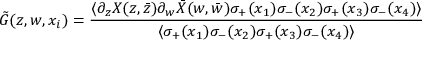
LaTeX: \tilde { G } ( z , w , x _ { i } ) = \frac { \langle \partial _ { z } X ( z , \bar { z } ) \partial _ { w } \bar { X } ( w , \bar { w } ) \sigma _ { + } ( x _ { 1 } ) \sigma _ { - } ( x _ { 2 } ) \sigma _ { + } ( x _ { 3 } ) \sigma _ { - } ( x _ { 4 } ) \rangle } { \langle \sigma _ { + } ( x _ { 1 } ) \sigma _ { - } ( x _ { 2 } ) \sigma _ { + } ( x _ { 3 } ) \sigma _ { - } ( x _ { 4 } ) \rangle }